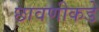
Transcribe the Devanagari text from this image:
छावणीकडे